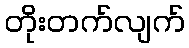
တိုးတက်လျက်